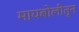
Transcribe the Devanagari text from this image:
मायबोलीतून